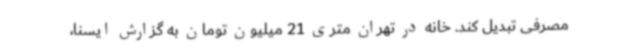
مصرفی تبدیل کند. خانه در تهران متری 21 میلیون تومان به گزارش ایسنا،